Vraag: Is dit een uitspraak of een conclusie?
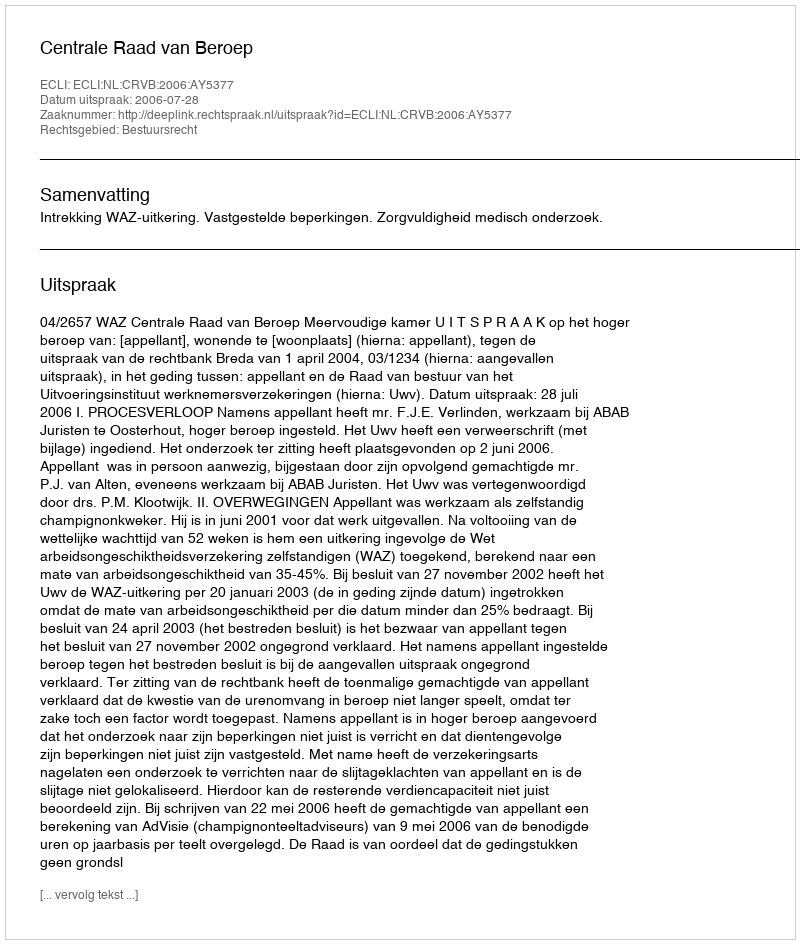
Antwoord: Uitspraak